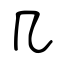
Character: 几